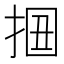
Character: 𢬻